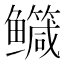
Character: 𮬤